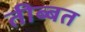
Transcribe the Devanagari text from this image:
तीब्‍बत